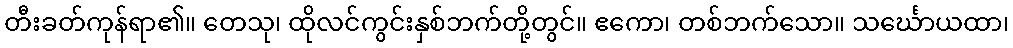
တီးခတ်ကုန်ရာ၏။ တေသု၊ ထိုလင်ကွင်းနှစ်ဘက်တို့တွင်။ ဧကော၊ တစ်ဘက်သော။ သင်္ဃောယထာ၊